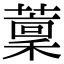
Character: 𦼹